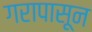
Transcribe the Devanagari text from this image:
गरापासून